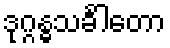
ဒုဂ္ဂန္ဓသင်္ခါတော